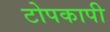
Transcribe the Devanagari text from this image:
टोपकापी